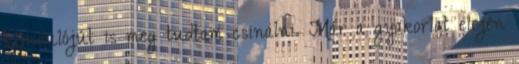
kiindulójút is meg tudtam csinálni. Már a gyakorlat elején